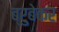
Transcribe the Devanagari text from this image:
ब्रुबेकर